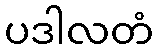
ပဒါလတံ